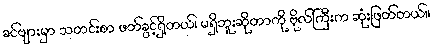
ခင်ဗျားမှာ သတင်းစာ ဖတ်ခွင့်ရှိတယ်၊ မရှိဘူးဆိုတာကို ဗိုလ်ကြီးက ဆုံးဖြတ်တယ်။